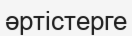
әртістерге